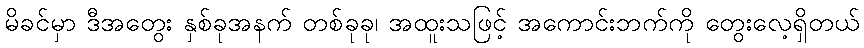
မိခင်မှာ ဒီအတွေး နှစ်ခုအနက် တစ်ခုခု၊ အထူးသဖြင့် အကောင်းဘက်ကို တွေးလေ့ရှိတယ်